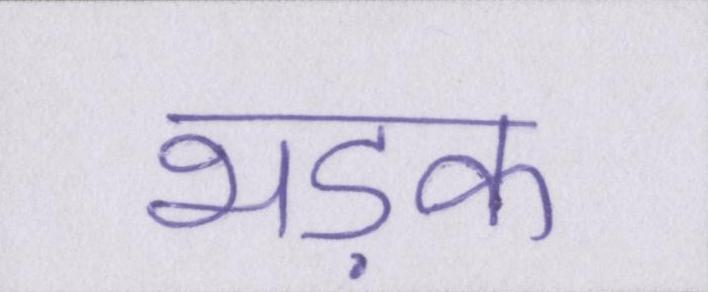
भड़क